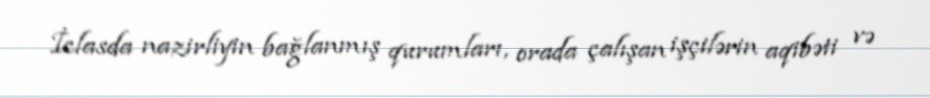
İclasda nazirliyin bağlanmış qurumları, orada çalışan işçilərin aqibəti və